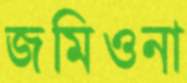
জমিওনা